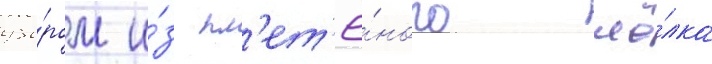
узо́ром и́з пл'ет'ё́ного шё́лка